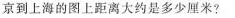
京到上海的图上距离大约是多少厘米?